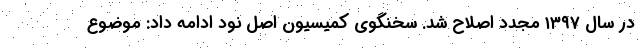
در سال ۱۳۹۷ مجدد اصلاح شد. سخنگوی کمیسیون اصل نود ادامه داد: موضوع